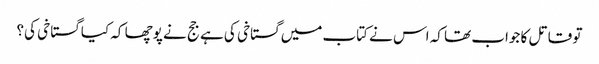
تو قاتل کا جواب تھا کہ اس نے کتاب میں گستاخی کی ہے جج نے پوچھا کہ کیا گستاخی کی؟